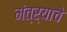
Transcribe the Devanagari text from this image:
मंत्र्याचे